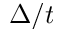
\Delta / t